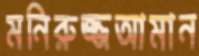
মনিরুজ্জআমান